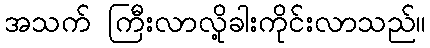
အသက် ကြီးလာလို့ခါးကိုင်းလာသည်။